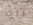
نلت